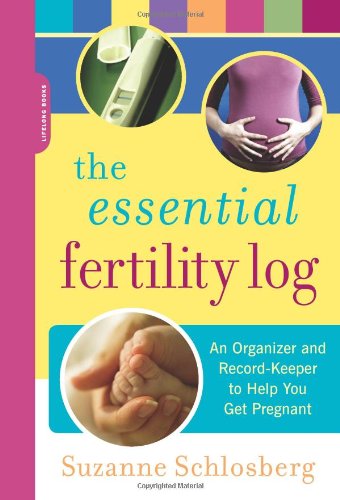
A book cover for The Essential Fertility Log: An Organizer and Record Keeper to Help You Get Pregnant; Suzanne Schlosberg; Health, Fitness & Dieting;